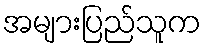
အများပြည်သူက